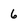
Character: 6